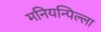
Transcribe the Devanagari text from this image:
मनियन्पिल्ला